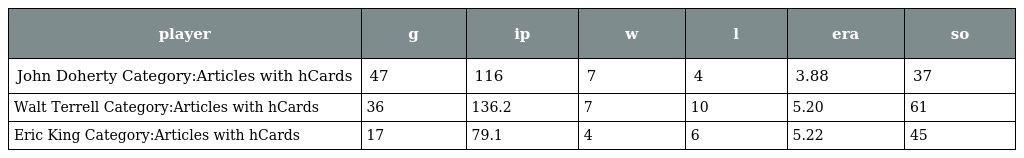
| player | g | ip | w | l | era | so |
 | --- | --- | --- | --- | --- | --- | --- |
 | John Doherty Category:Articles with hCards | 47 | 116 | 7 | 4 | 3.88 | 37 |
 | Walt Terrell Category:Articles with hCards | 36 | 136.2 | 7 | 10 | 5.20 | 61 |
 | Eric King Category:Articles with hCards | 17 | 79.1 | 4 | 6 | 5.22 | 45 |